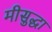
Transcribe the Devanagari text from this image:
मीसुद्धा